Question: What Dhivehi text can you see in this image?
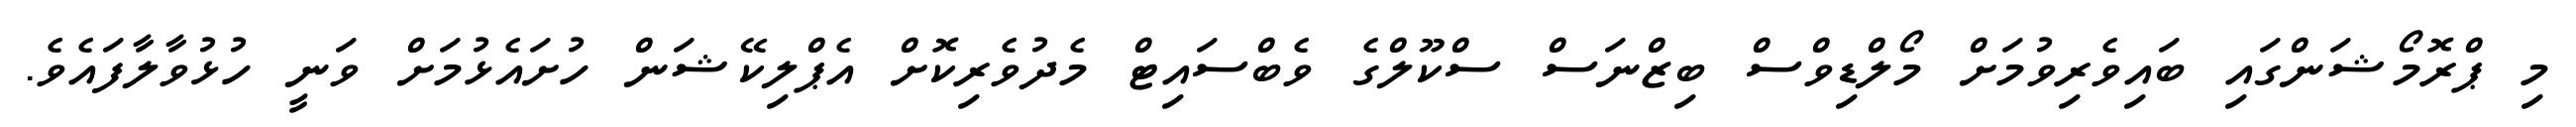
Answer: މި ޕްރޮމޯޝަންގައި ބައިވެރިވުމަށް މޯލްޑިވްސް ބިޒްނަސް ސްކޫލްގެ ވެބްސައިޓް މެދުވެރިކޮށް އެޕްލިކޭޝަން ހުށައެޅުމަށް ވަނީ ހުޅުވާލާފައެވެ.